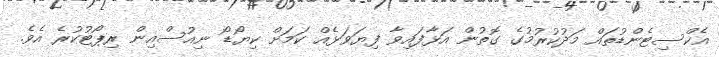
އެކްސިޓެންޑުތައް މަދުކުރުމުގެ ގޮތުން އަޅާފައިވާ ފިޔަވަޅެއް ކަމަށް ކިޔޯޑޯ ނިއުސްއިން ރިޕޯޓުކުރެ އެވެ.